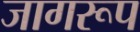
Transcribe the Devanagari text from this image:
जागरूप